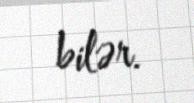
bilər.